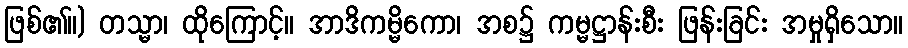
ဖြစ်၏။) တသ္မာ၊ ထိုကြောင့်။ အာဒိကမ္မိကော၊ အစ၌ ကမ္မဋ္ဌာန်းစီး ဖြန်းခြင်း အမှုရှိသော။